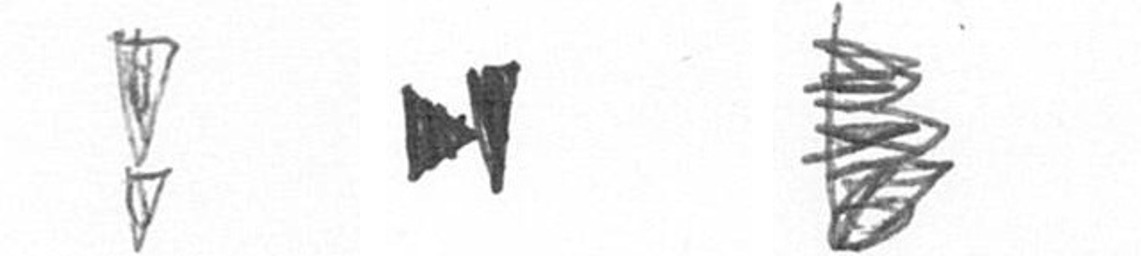
Z M H